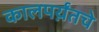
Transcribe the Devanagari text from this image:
कालपर्य़ंतचे